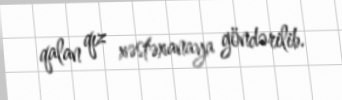
qalan qız xəstəxanaya göndərilib.